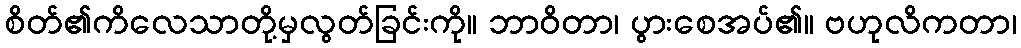
စိတ်၏ကိလေသာတို့မှလွတ်ခြင်းကို။ ဘာဝိတာ၊ ပွားစေအပ်၏။ ဗဟုလိကတာ၊